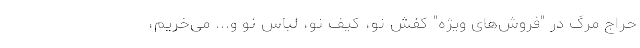
حراج مرگ در "فروش‌های ویژه" کفش نو، کیف نو، لباس نو و... می‌خریم،